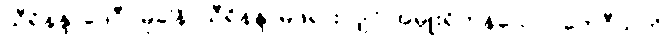
သီရိနန္ဒာဒေဝီပမုခါနိ၊ သီရိနန္ဒာမိဖုရားလျှင် အမှူးရှိကုန်သော။ တေဝီသတိ